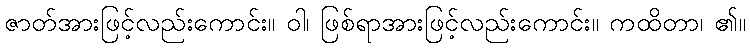
ဇာတ်အားဖြင့်လည်းကောင်း။ ဝါ၊ ဖြစ်ရာအားဖြင့်လည်းကောင်း။ ကထိတာ၊ ၏။